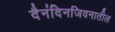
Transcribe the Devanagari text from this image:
दैनंदिनजिवनातील